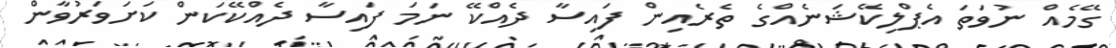
ގޭމެއް ނުވަތަ އެޕްލިކޭޝަނެއްގެ ތެރެއިން ފައިސާ ދެއްކޭ ނަމަ ފައިސާ ދެއްކޭކަން ކަށަވަރުވާން